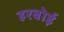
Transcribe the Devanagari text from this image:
हरबोई